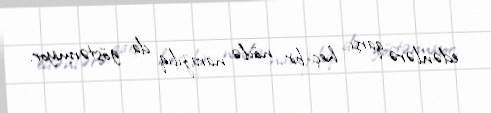
edənlərə qarşı heç bir növlə narazılıq da göstərmiyor.